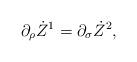
LaTeX: \begin{align*}\partial_{\rho}\dot{Z} ^{1}=\partial_{\sigma}\dot{Z} ^{2},\end{align*}